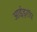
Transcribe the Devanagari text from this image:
आईड्रॉप